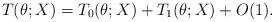
LaTeX: \begin{align*}T(\theta; X) = T_0(\theta; X) + T_1(\theta; X) + O(1).\end{align*}